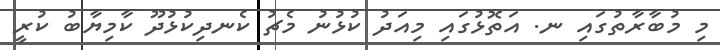
މި މުބާރާތުގައި ނ. އަތޮޅުގައި މިއަދު ކުޅުނު މެޗު ކެނދިކުޅުދޫ ކާމިޔާބު ކުރީ